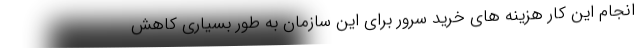
انجام این کار هزینه های خرید سرور برای این سازمان به طور بسیاری کاهش